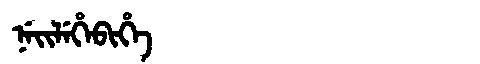
Manchu: ᠨᡝᡳᠯᡝᡥᡝᠪᡳᡥᡝ
Romanization: NEILEHEBIHE